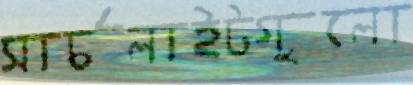
সার্চলাইটগুলো